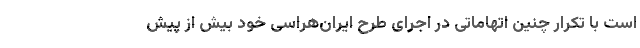
است با تکرار چنین اتهاماتی در اجرای طرح ایران‌هراسی خود بیش از پیش